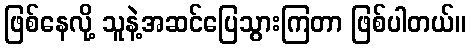
ဖြစ်နေလို့ သူနဲ့အဆင်ပြေသွားကြတာ ဖြစ်ပါတယ်။